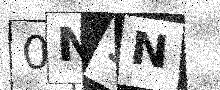
Text: 0NSN